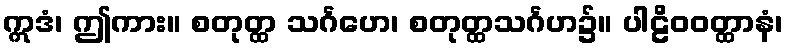
ဣဒံ၊ ဤကား။ စတုတ္ထ သင်္ဂဟေ၊ စတုတ္ထသင်္ဂဟ၌။ ပါဠိဝဝတ္ထာနံ၊